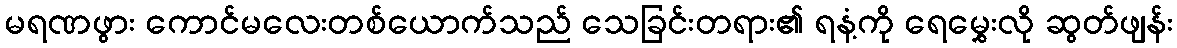
မရဏဖွား ကောင်မလေးတစ်ယောက်သည် သေခြင်းတရား၏ ရနံ့ကို ရေမွှေးလို ဆွတ်ဖျန်း